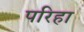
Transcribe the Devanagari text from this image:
परिहा